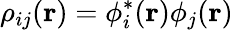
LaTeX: \rho_{ij}(\mathbf{r})=\phi_{i}^{*}(\mathbf{r})\phi_{j}(\mathbf{r})